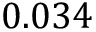
0 . 0 3 4